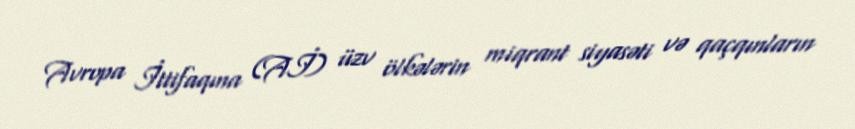
Avropa İttifaqına (Aİ) üzv ölkələrin miqrant siyasəti və qaçqınların